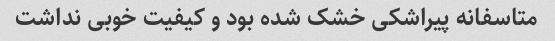
متاسفانه پیراشکی خشک شده بود و کیفیت خوبی نداشت